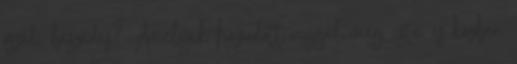
őszödi beszédes? Amelyik hazudott reggel meg este, és közben